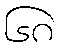
၆၈